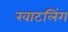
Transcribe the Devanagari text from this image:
खाटलिंग